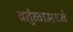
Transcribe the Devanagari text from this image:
वर्तुळामध्ये